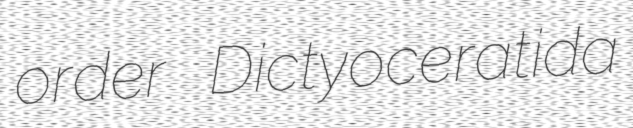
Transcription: order Dictyoceratida